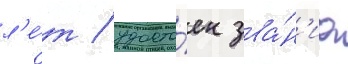
л'е́т / удосто́ен зва́н'иа